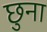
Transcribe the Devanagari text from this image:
छुना